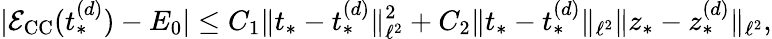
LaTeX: |\mathcal{E}_{\mathrm{CC}}(t_{*}^{(d)})-E_{0}|\leq C_{1}\Vert t_{*}-t_{*}^{(d)}\Vert_{\ell^{2}}^{2}+C_{2}\Vert t_{*}-t_{*}^{(d)}\Vert_{\ell^{2}}\Vert z_{*}-z_{*}^{(d)}\Vert_{\ell^{2}},